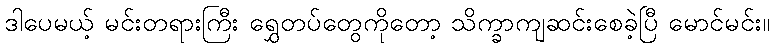
ဒါပေမယ့် မင်းတရားကြီး ရွှေတပ်တွေကိုတော့ သိက္ခာကျဆင်းစေခဲ့ပြီ မောင်မင်း။